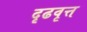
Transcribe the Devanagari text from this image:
दृढवृत्त